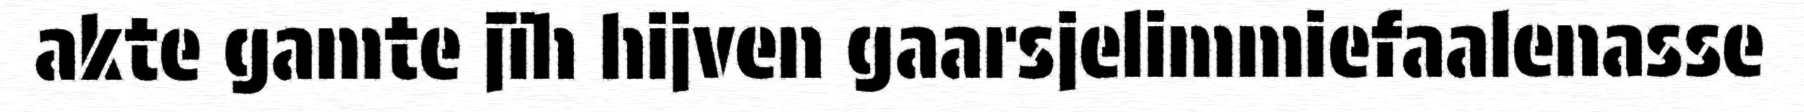
akte gamte jïh hijven gaarsjelimmiefaalenasse